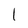
Character: l